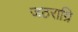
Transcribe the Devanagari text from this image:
जठराग्रि